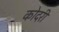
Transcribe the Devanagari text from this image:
कोदरी